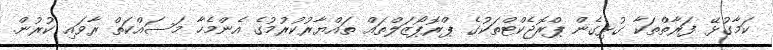
ކަމާގުޅޭ ފަރާތްތަކާ ގުޅިގެން ޕްރޮޖެކްޓްތަކުގެ ޕްރޮޕޯޒަލްތައް ތައްޔާރުކުރުމުގެ އެންމެހާ މަސައްކަތް ރާވައި ކުރުން.